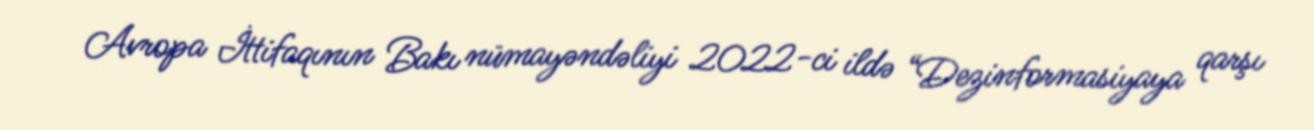
Avropa İttifaqının Bakı nümayəndəliyi 2022-ci ildə “Dezinformasiyaya qarşı